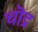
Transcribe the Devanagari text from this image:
चॊद्र